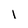
Character: l